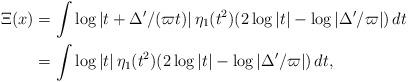
LaTeX: \begin{align*} \Xi(x) &= \int \log|t+\Delta'/(\varpi t)|\,\eta_1(t^2)(2\log|t|-\log|\Delta'/\varpi|)\,dt\\ &=\int \log|t|\,\eta_1(t^2)(2\log|t|-\log|\Delta'/\varpi|)\,dt,\end{align*}